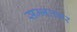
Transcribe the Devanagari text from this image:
सम्भलकर